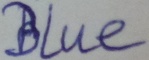
Text: Blue